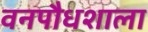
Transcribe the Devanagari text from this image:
वनपौधशाला